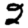
Digit: 2